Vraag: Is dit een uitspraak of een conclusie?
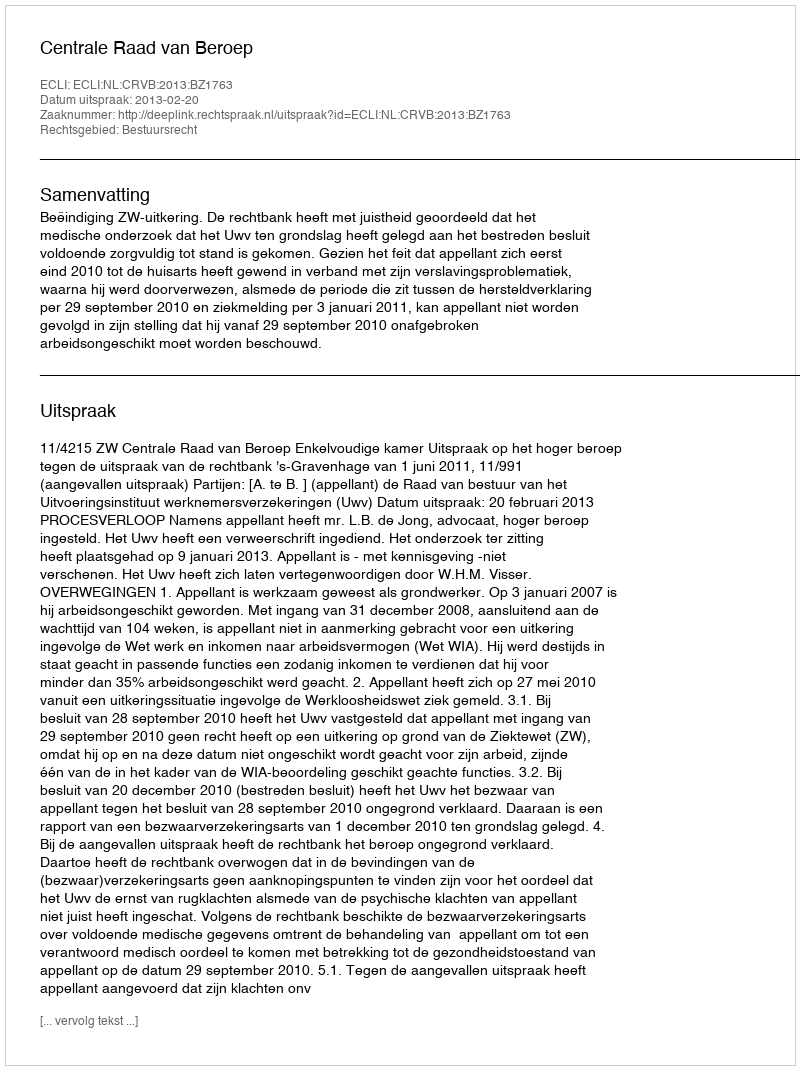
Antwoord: Uitspraak